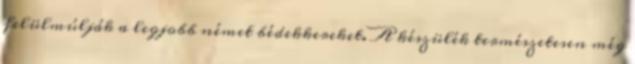
felülmúlják a legjobb német bédekkereket. A készülék természetesen még